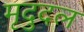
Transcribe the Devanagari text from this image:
मृदुदल